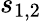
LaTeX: s_{1,2}